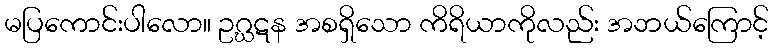
မပြကောင်းပါလော။ ဥဂ္ဃဋန အစရှိသော ကိရိယာကိုလည်း အဘယ်ကြောင့်